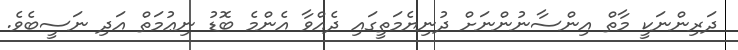
ދަރިންނަކީ މާތް އިންސާނުންނަށް ދުނިޔެމަތީގައި ދެއްވާ އެންމެ ބޮޑު ނިޢުމަތް އަދި ނަސީބެވެ.